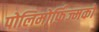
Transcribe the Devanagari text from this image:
पोलिमोर्फ़िज्मको